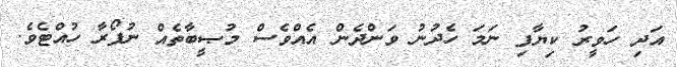
އަދި ހަވީރު ކިޔާފި ނަމަ ހެދުނު ވަންދެން އެއްވެސް މުޞީބާތެއް ނުފޯރާ ހުއްޓެވެ.